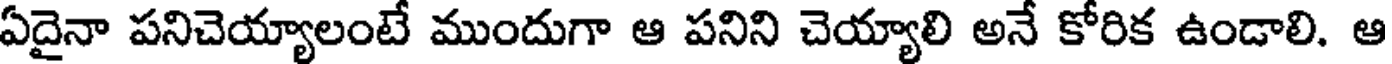
ఏదైనా పనిచెయ్యాలంటే ముందుగా ఆ పనిని చెయ్యాలి అనే కోరిక ఉండాలి. ఆ